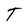
Character: T